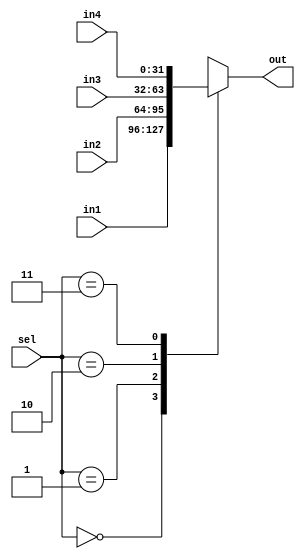
`timescale 1ns / 1ps

module mux4_1 #(
    parameter WIDTH = 32,
    parameter SEL_LINE = 2)
(
    input [WIDTH-1:0] in1,
    input [WIDTH-1:0] in2,
    input [WIDTH-1:0] in3,
    input [WIDTH-1:0] in4,
    input [SEL_LINE-1:0] sel,
    output reg [WIDTH-1:0] out
);

    always@(in1, in2, in3, in4, sel) begin
        case(sel)
        2'b00: out = in1;
        2'b01: out = in2;
        2'b10: out = in3;
        2'b11: out = in4;
        endcase
    end

endmodule